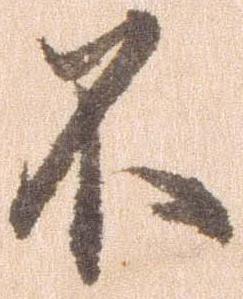
不